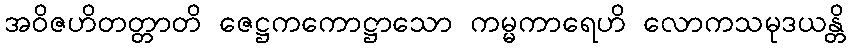
အဝိဇဟိတတ္တာတိ ဇေဋ္ဌကကောဋ္ဌာသော ကမ္မကာရေဟိ လောကသမုဒယန္တိ